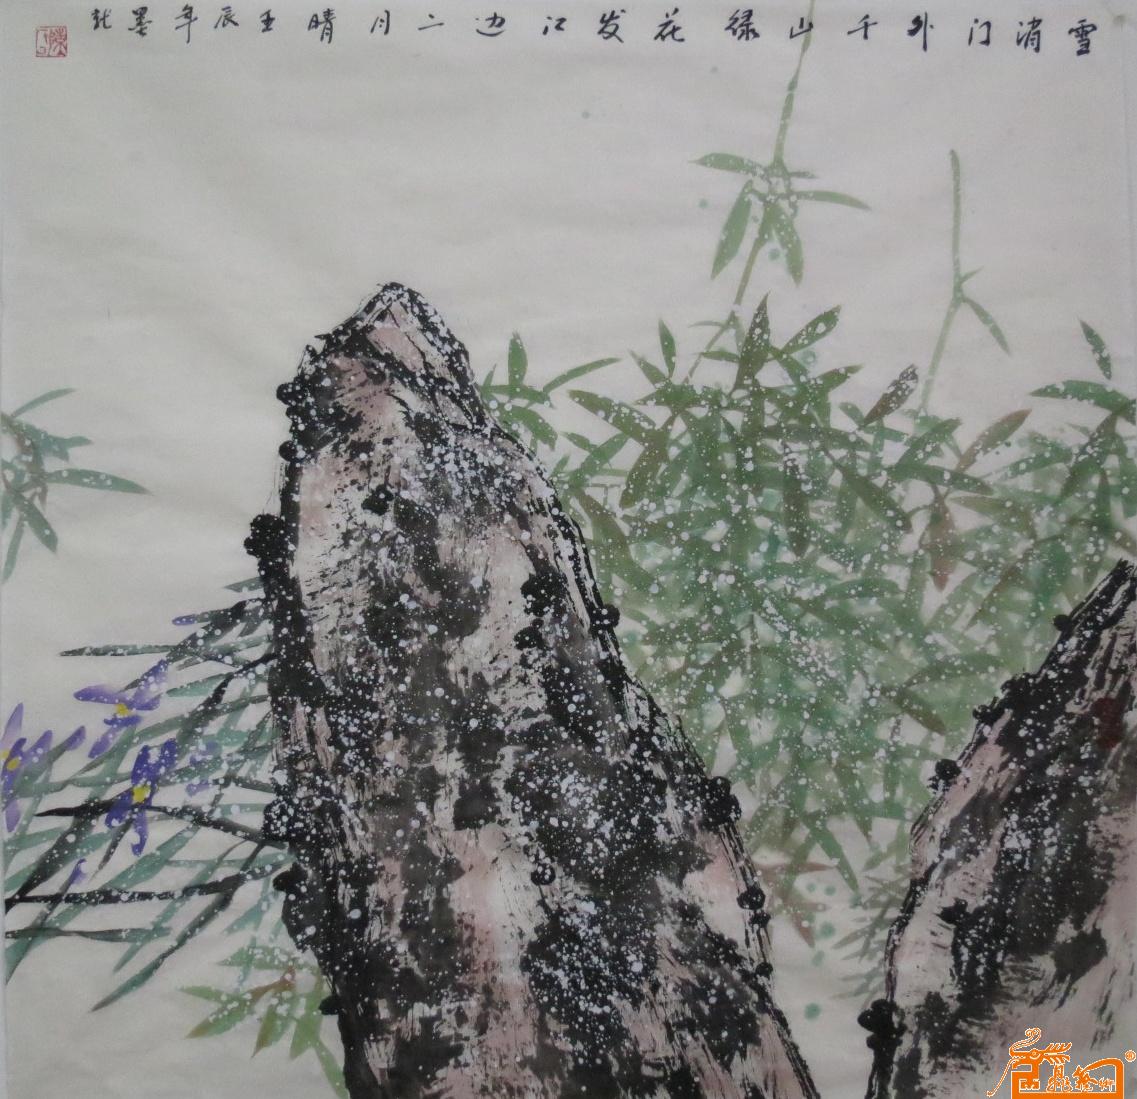
雪消门外千山绿，花发江边二月晴。